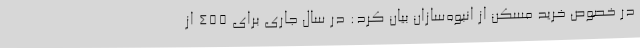
در خصوص خرید مسکن از انبوه‌سازان بیان کرد: در سال جاری برای 455 از